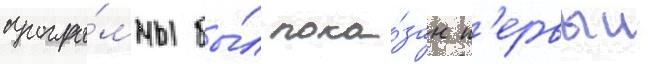
програ́ммы бы́л пока́зан п'ервыи